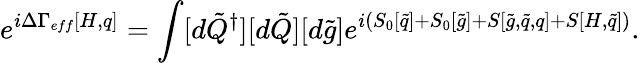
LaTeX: e^{i\Delta\Gamma_{eff}[H,q]}=\int[d\tilde{Q}^{\dagger}][d\tilde{Q}][d\tilde{g}]e^{i(S_{0}[\tilde{q}]+S_{0}[\tilde{g}]+S[\tilde{g},\tilde{q},q]+S[H,\tilde{q}])}.